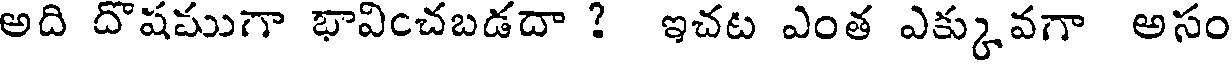
అది దొషముగా భావించబడదా ? ఇచట ఎంత ఎక్కువగా అసం